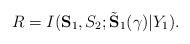
LaTeX: \begin{align*}R=I(\mathbf{S}_1,S_2;\tilde{\mathbf{S}}_1(\gamma)|Y_1).\end{align*}